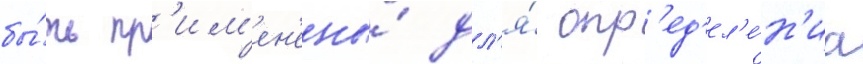
бы́ть пр'им'ен'ены́ дл'я́ опр'ед'ел'е́н'иа